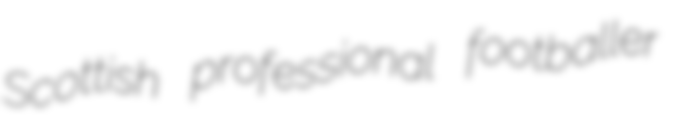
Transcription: Scottish professional footballer